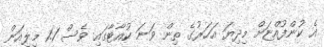
އެ ކުންފުއްޏަށް މިދިޔަ އަހަރުގެ ތިން ވަނަ ކުއާޓާގައި ވެސް 1.1 މިލިއަން